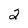
Character: 2